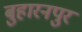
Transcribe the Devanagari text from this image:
बुहारनपुर